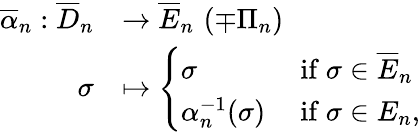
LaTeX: \begin{array}{rl}{\overline{{\alpha}}_{n}:\overline{{D}}_{n}}&{\rightarrow\overline{{E}}_{n}\, \, (\mp\Pi_{n})}\\ {\sigma}&{\mapsto\left\{ \begin{array}{ll}{\sigma}&{\mathrm{~if~}\sigma\in\overline{{E}}_{n}}\\ {\alpha_{n}^{-1}(\sigma)}&{\mathrm{~if~}\sigma\in E_{n},}\end{array}\right.}\end{array}